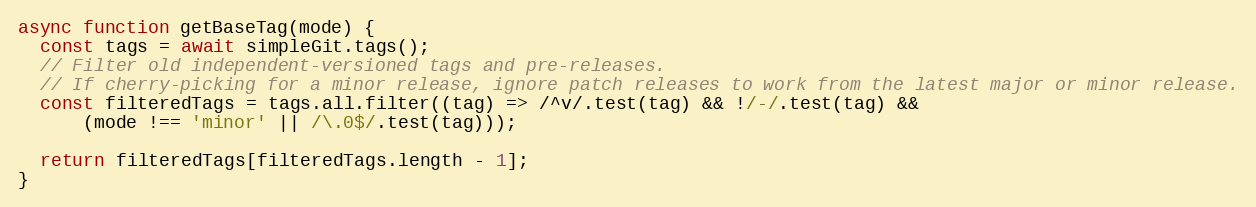
Language: JavaScript
async function getBaseTag(mode) {
  const tags = await simpleGit.tags();
  // Filter old independent-versioned tags and pre-releases.
  // If cherry-picking for a minor release, ignore patch releases to work from the latest major or minor release.
  const filteredTags = tags.all.filter((tag) => /^v/.test(tag) && !/-/.test(tag) &&
      (mode !== 'minor' || /\.0$/.test(tag)));

  return filteredTags[filteredTags.length - 1];
}